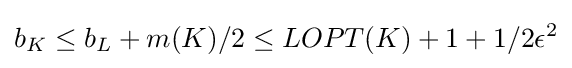
b_{K}\leq b_{L}+m(K)/2\leq LOPT(K)+1+1/2\epsilon ^{2}